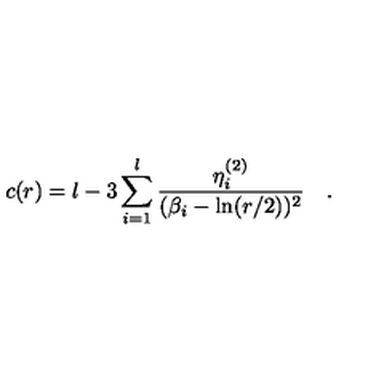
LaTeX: c ( r ) = l - 3 \sum _ { i = 1 } ^ { l } \frac { \eta _ { i } ^ { ( 2 ) } } { ( \beta _ { i } - \ln ( r / 2 ) ) ^ { 2 } } \quad .